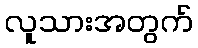
လူသားအတွက်